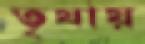
তৃষায়